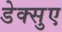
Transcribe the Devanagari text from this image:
डेक्सुए